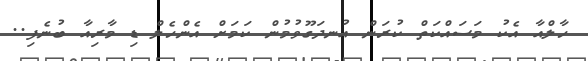
ހާލްއާ އެކު މަސައްކަތް ކުރަން އުނދަގޫވުމުން ކަމަށް އެންހެލް ޑި މާރިއާ ބުނެފި..